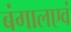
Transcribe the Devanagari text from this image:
बंगालएवं